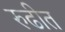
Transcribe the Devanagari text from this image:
रुढीत